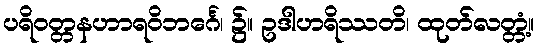
ပရိဝတ္တနဟာရဝိဘင်္ဂေ၊ ၌။ ဥဒါဟရိဿတိ၊ ထုတ်လတ္တံ့။